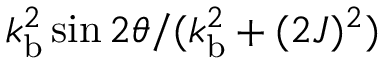
{ k _ { \mathrm { b } } ^ { 2 } \sin 2 \theta } / ( { k _ { \mathrm { b } } ^ { 2 } + ( 2 J ) ^ { 2 } } )